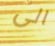
الى